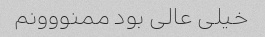
خیلی عالی بود ممنووونم